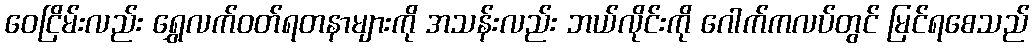
ဝေငြိမ်းလည်း ရွှေလက်ဝတ်ရတနာများကို အသန်းလည်း ဘယ်လိုင်းကို ဂေါက်ကလပ်တွင် မြင်ရစေသည်